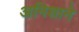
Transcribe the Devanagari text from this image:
अमिशाने